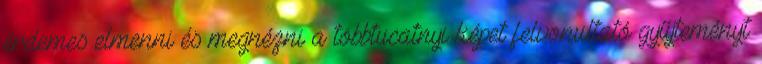
érdemes elmenni és megnézni a többtucatnyi képet felvonultató gyűjteményt